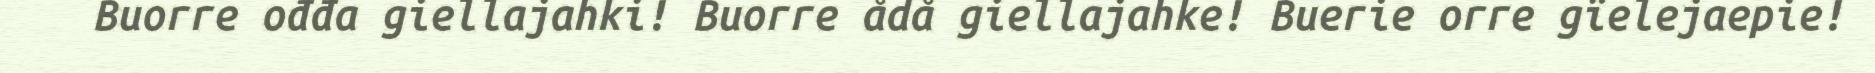
Buorre ođđa giellajahki! Buorre ådå giellajahke! Buerie orre gïelejaepie!